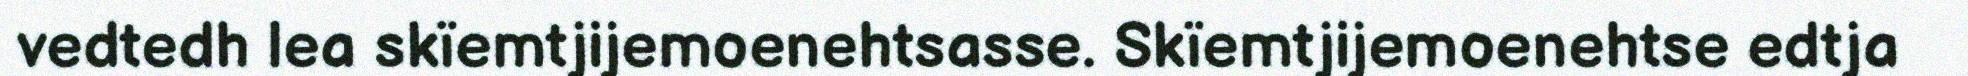
vedtedh lea skïemtjijemoenehtsasse. Skïemtjijemoenehtse edtja